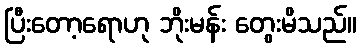
ပြီးတော့ရောဟု ဘိုးမန်း တွေးမိသည်။